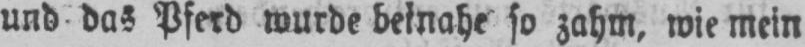
und das Pferd wurde beinahe so zahm, wie mein